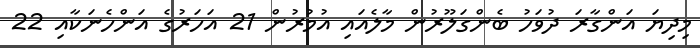
މިދިޔަ އަންގާރަ ދުވަހު ބެންގަލޫރުން މާލެއައި އުމުރުން 21 އަހަރުގެ އަންހެނަކާއި 22